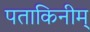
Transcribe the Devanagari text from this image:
पताकिनीम्